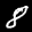
Label: 8